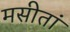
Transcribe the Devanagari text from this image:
मसीतां